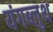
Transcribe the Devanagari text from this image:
यंगब्लुथ